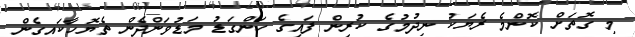
މި ގޮތަށް ކޮންމެ ރެޔަކު ނިދުމުގެ ކުރިން ފައިގެ ހަންގަޑު މަޑުވަންދެން ތެޔޮހާކައިގެން